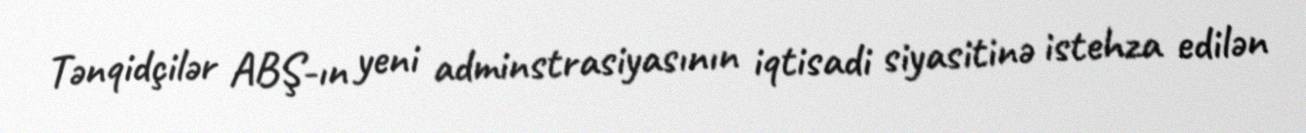
Tənqidçilər ABŞ-ın yeni adminstrasiyasının iqtisadi siyasitinə istehza edilən